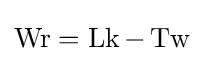
\operatorname {Wr} =\operatorname {Lk} -\operatorname {Tw}